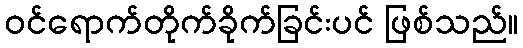
ဝင်ရောက်တိုက်ခိုက်ခြင်းပင် ဖြစ်သည်။